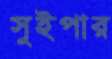
সুইপার